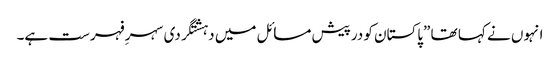
انہوں نے کہا تھا ”پاکستان کو درپیش مسائل میں دہشتگردی سہرِ فہرست ہے۔